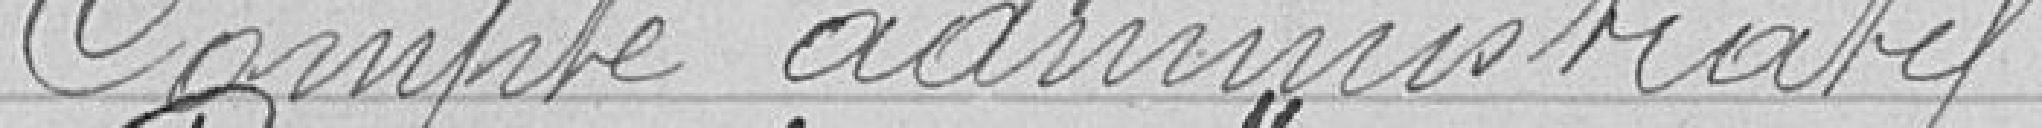
Compte administratif